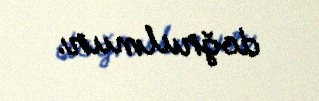
doğrulmur.